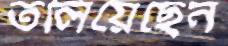
তলিয়েছেন